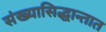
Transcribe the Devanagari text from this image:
संख्यासिद्धान्तात